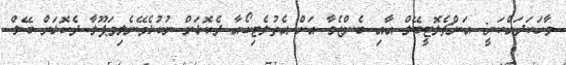
ވާހަކަދައްކަނީ: އަންޗެލޮޓީބޭލް އާއި ބެންޒެމާ އަށް އެތުލެޓިކޯއާ ދެކޮޅަށް ނުކުޅެވޭނެލިވަޕޫލާ ދެކޮޅަށް ބޭލް